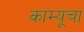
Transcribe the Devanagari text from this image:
काम्यूचा